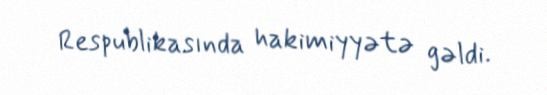
Respublikasında hakimiyyətə gəldi.